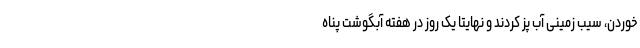
خوردن، سیب زمینی آب پز کردند و نهایتا یک روز در هفته آبگوشت پناه